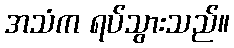
အသံက ရပ်သွားသည်။